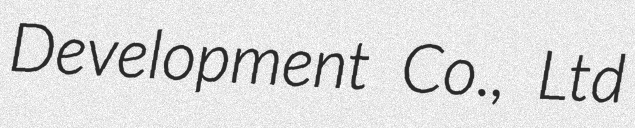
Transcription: Development Co., Ltd